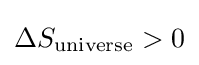
\Delta S_{\text{universe}}>0